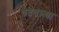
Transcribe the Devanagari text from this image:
वदवल्या